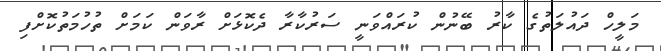
މަލީހް ދައުލަތުގެ ކާރު ބޭނުން ކުރައްވަނީ ސަރުކާރާ ދެކޮޅަށް ރާވަން ކަމަށް ތުހުމަތުކޮށްފި